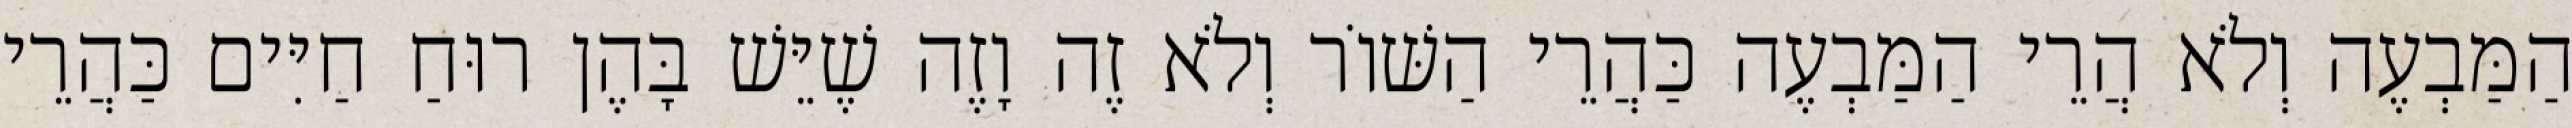
הַמַּבְעֶה וְלֹא הֲרֵי הַמַּבְעֶה כַּהֲרֵי הַשּׁוֹר וְלֹא זֶה וָזֶה שֶׁיֵּשׁ בָּהֶן רוּחַ חַיִּים כַּהֲרֵי